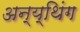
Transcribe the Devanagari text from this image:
अन्य्थिंग